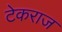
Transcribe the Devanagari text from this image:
टेकराज